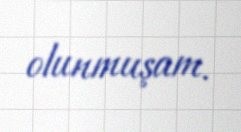
olunmuşam.